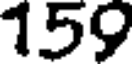
159